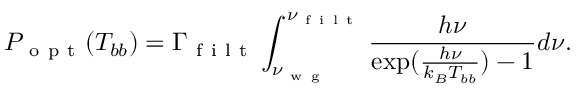
P _ { \mathrm { ~ o ~ p ~ t ~ } } ( T _ { b b } ) = \Gamma _ { \mathrm { ~ f ~ i ~ l ~ t ~ } } \int _ { \nu _ { \mathrm { ~ w ~ g ~ } } } ^ { \nu _ { \mathrm { ~ f ~ i ~ l ~ t ~ } } } \frac { h \nu } { \exp ( { \frac { h \nu } { k _ { B } T _ { b b } } ) } - 1 } d \nu .